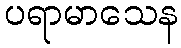
ပရာမာသေန